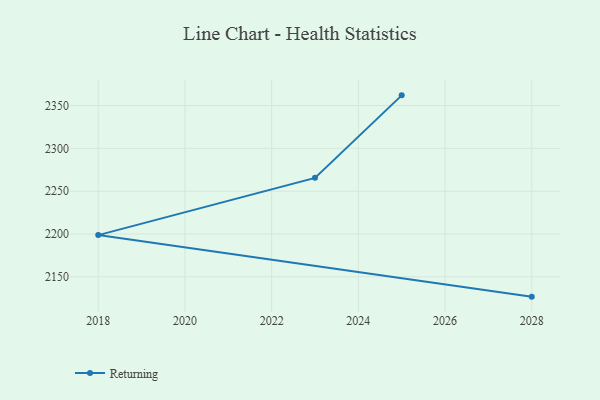
{"axis": {"x": "Year", "y": "Budget (USD K)"}, "legend": ["Returning"], "data": [{"x": "2025", "y": 2362.0, "type": "Returning"}, {"x": "2023", "y": 2265.6, "type": "Returning"}, {"x": "2018", "y": 2198.7, "type": "Returning"}, {"x": "2028", "y": 2126.8, "type": "Returning"}]}